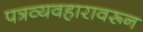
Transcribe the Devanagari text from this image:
पत्रव्यवहारावरून